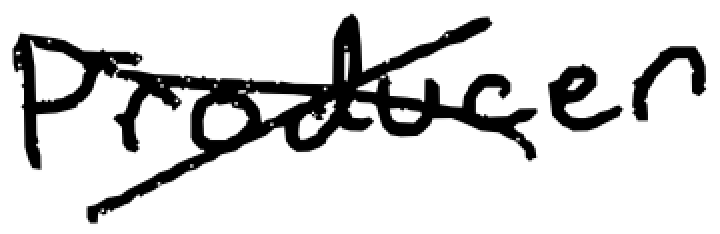
Text: producer
Cross-out: cross
Writing tool: digital_black